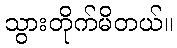
သွားတိုက်မိတယ်။